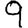
Digit: 9